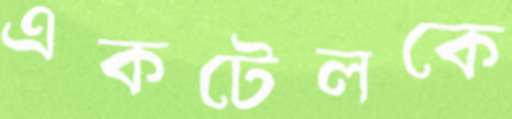
একটেলকে